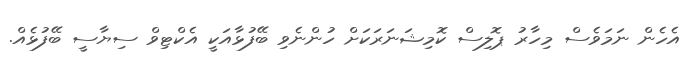
އެހެން ނަމަވެސް މިހާރު ޕޮލިސް ކޮމިޝަނަރަކަށް ހުންނެވި ބޭފުޅާއަކީ އެކްޓިވް ސިޔާސީ ބޭފުޅެއް.